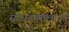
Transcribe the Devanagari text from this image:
साधनामालाओं